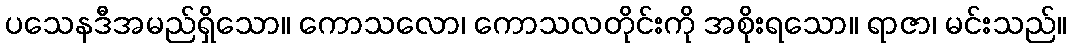
ပသေနဒီအမည်ရှိသော။ ကောသလော၊ ကောသလတိုင်းကို အစိုးရသော။ ရာဇာ၊ မင်းသည်။